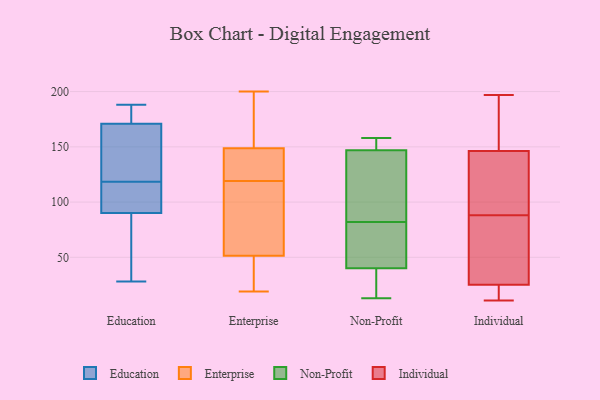
{"axis": {"x": "Latency (ms)", "y": "Value"}, "legend": ["Education", "Enterprise", "Individual", "Non-Profit"], "data": [{"x": "", "y": 182, "type": "Education"}, {"x": "", "y": 171, "type": "Education"}, {"x": "", "y": 129, "type": "Education"}, {"x": "", "y": 90, "type": "Education"}, {"x": "", "y": 28, "type": "Education"}, {"x": "", "y": 188, "type": "Education"}, {"x": "", "y": 180, "type": "Education"}, {"x": "", "y": 123, "type": "Education"}, {"x": "", "y": 162, "type": "Education"}, {"x": "", "y": 111, "type": "Education"}, {"x": "", "y": 75, "type": "Education"}, {"x": "", "y": 35, "type": "Education"}, {"x": "", "y": 114, "type": "Education"}, {"x": "", "y": 96, "type": "Education"}, {"x": "", "y": 119, "type": "Enterprise"}, {"x": "", "y": 151, "type": "Enterprise"}, {"x": "", "y": 200, "type": "Enterprise"}, {"x": "", "y": 89, "type": "Enterprise"}, {"x": "", "y": 160, "type": "Enterprise"}, {"x": "", "y": 21, "type": "Enterprise"}, {"x": "", "y": 38, "type": "Enterprise"}, {"x": "", "y": 54, "type": "Enterprise"}, {"x": "", "y": 44, "type": "Enterprise"}, {"x": "", "y": 102, "type": "Enterprise"}, {"x": "", "y": 185, "type": "Enterprise"}, {"x": "", "y": 148, "type": "Enterprise"}, {"x": "", "y": 19, "type": "Enterprise"}, {"x": "", "y": 136, "type": "Enterprise"}, {"x": "", "y": 136, "type": "Enterprise"}, {"x": "", "y": 74, "type": "Enterprise"}, {"x": "", "y": 139, "type": "Enterprise"}, {"x": "", "y": 158, "type": "Non-Profit"}, {"x": "", "y": 82, "type": "Non-Profit"}, {"x": "", "y": 13, "type": "Non-Profit"}, {"x": "", "y": 141, "type": "Non-Profit"}, {"x": "", "y": 22, "type": "Non-Profit"}, {"x": "", "y": 60, "type": "Non-Profit"}, {"x": "", "y": 36, "type": "Non-Profit"}, {"x": "", "y": 158, "type": "Non-Profit"}, {"x": "", "y": 114, "type": "Non-Profit"}, {"x": "", "y": 52, "type": "Non-Profit"}, {"x": "", "y": 149, "type": "Non-Profit"}, {"x": "", "y": 185, "type": "Individual"}, {"x": "", "y": 21, "type": "Individual"}, {"x": "", "y": 24, "type": "Individual"}, {"x": "", "y": 142, "type": "Individual"}, {"x": "", "y": 19, "type": "Individual"}, {"x": "", "y": 144, "type": "Individual"}, {"x": "", "y": 11, "type": "Individual"}, {"x": "", "y": 197, "type": "Individual"}, {"x": "", "y": 98, "type": "Individual"}, {"x": "", "y": 29, "type": "Individual"}, {"x": "", "y": 169, "type": "Individual"}, {"x": "", "y": 130, "type": "Individual"}, {"x": "", "y": 14, "type": "Individual"}, {"x": "", "y": 33, "type": "Individual"}, {"x": "", "y": 147, "type": "Individual"}, {"x": "", "y": 59, "type": "Individual"}, {"x": "", "y": 159, "type": "Individual"}, {"x": "", "y": 88, "type": "Individual"}, {"x": "", "y": 59, "type": "Individual"}]}